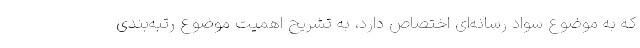
که به موضوع سواد رسانه‌ای اختصاص دارد، به تشریح اهمیت موضوع رتبه‌بندی